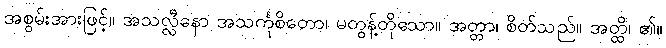
အစွမ်းအားဖြင့်။ အသလ္လီနော အသင်္ကုစိတော၊ မတွန့်တိုသော။ အတ္တာ၊ စိတ်သည်။ အတ္ထိ၊ ၏။